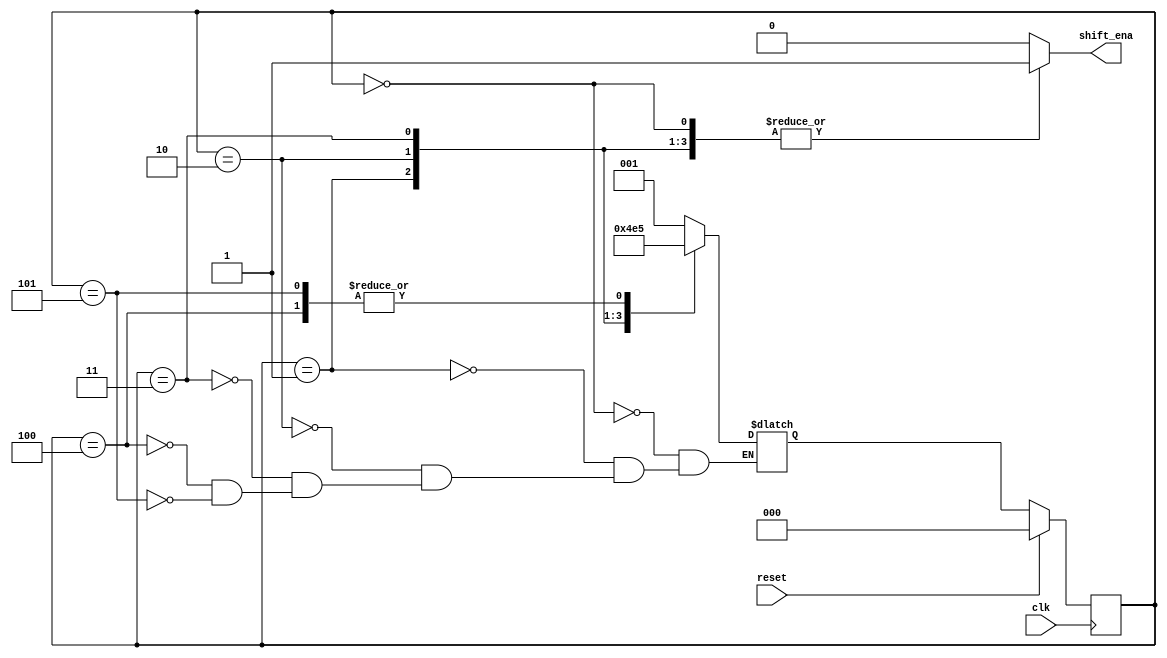
module top_module (
    input clk,
    input reset,      // Synchronous reset
    output shift_ena);
    
    reg [2:0] state, next_state;
    parameter IDLE=0, S1=1, S2=2, S3=3, S4=4, FINAL=5;
    
    always@(posedge clk)
        begin
            if(reset) state <= IDLE;
            else state <= next_state;
        end
    
    always@(*)
        begin
            shift_ena = 1'b0;
            case(state)
                IDLE: begin next_state = S1; shift_ena = 1'b1; end
                S1: begin next_state = S2; shift_ena = 1'b1; end
                S2: begin next_state = S3; shift_ena = 1'b1; end
                S3: begin next_state = S4; shift_ena = 1'b1; end
                S4: next_state = FINAL;
                FINAL: next_state = FINAL;
            endcase
        end
    
 /*   always@(*)
        begin
            case(next_state)
                IDLE: shift_ena = 1'b0;
                S1: shift_ena = 1'b1;
                S2: shift_ena = 1'b1;
                S3: shift_ena = 1'b1;
                S4: shift_ena = 1'b1;
                FINAL: shift_ena = 1'b0;
            endcase
        end
*/
endmodule